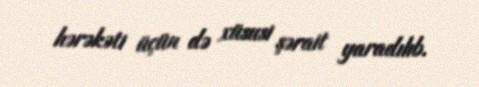
hərəkəti üçün də xüsusi şərait yaradılıb.